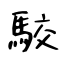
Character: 駮